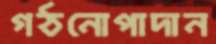
গঠনোপাদান